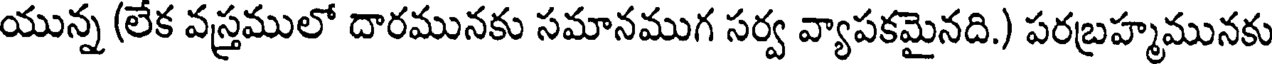
యున్న (లేక వస్త్రములో దారమునకు సమానముగ సర్వ వ్యాపకమైనది.) పరబ్రహ్మమునకు